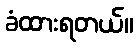
ခံထားရတယ်။